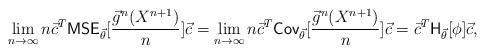
LaTeX: \begin{align*}\lim_{n\to \infty} n \vec{c}^T\mathsf{MSE}_{\vec{\theta}} [\frac{\vec{g}^n(X^{n+1})}{n}]\vec{c}= \lim_{n\to \infty} n \vec{c}^T\mathsf{Cov}_{\vec{\theta}} [\frac{\vec{g}^n(X^{n+1})}{n}] \vec{c}= \vec{c}^T\mathsf{H}_{\vec{\theta}} [\phi]\vec{c},\end{align*}